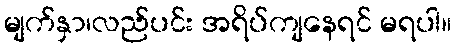
မျက်နှာ၊လည်ပင်း အရိပ်ကျနေရင် မရပါ။